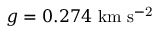
g = 0 . 2 7 4 \ \mathrm { k m \ s ^ { - 2 } }